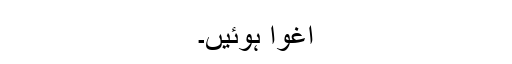
اغوا ہوئیں۔